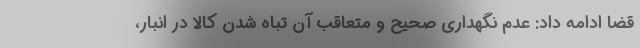
قضا ادامه داد: عدم نگهداری صحیح و متعاقب آن تباه شدن کالا در انبار،